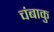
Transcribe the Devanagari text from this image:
चंबाकु